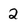
Character: 2